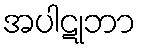
အပါဋုဘာ